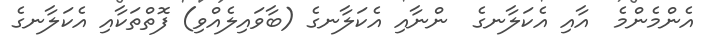
އެންމެންމެ  އާއި އެކަލާނގެ  ންނާއި އެކަލާނގެ (ބާވައިލެއްވި) ފޮތްތަކާއި އެކަލާނގެ